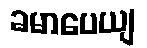
ခမာပေယျ